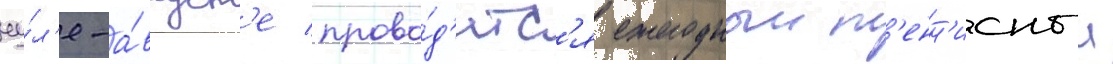
иу́л'е-а́вгуст'е прово́д'итс'я ежегодныи т'енн'исныи